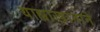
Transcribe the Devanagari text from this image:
याह्याखानाने